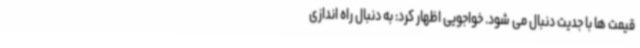
قیمت ها با جدیت دنبال می شود. خواجویی اظهار کرد: به دنبال راه اندازی